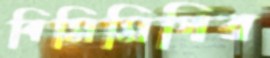
বিসিসিপির